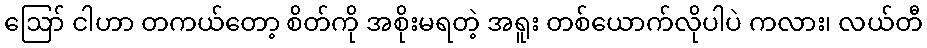
ဪ ငါဟာ တကယ်တော့ စိတ်ကို အစိုးမရတဲ့ အရူး တစ်ယောက်လိုပါပဲ ကလား၊ လယ်တီ